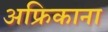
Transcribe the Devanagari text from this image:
अफ्रिकाना